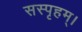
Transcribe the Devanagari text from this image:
सस्पृहम्।